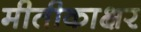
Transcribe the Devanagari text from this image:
मीतीकाक्षर